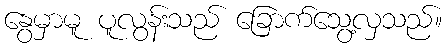
နွေမှာမူ ပူလွန်းသည် ခြောက်သွေ့လှသည်။